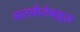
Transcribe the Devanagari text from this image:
सतर्कतेबद्दल